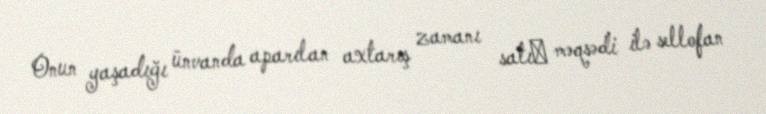
Onun yaşadığı ünvanda aparılan axtarış zamanı satıṣ məqsədi ilə sellofan